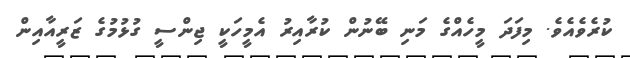
ކުރެވެއެވެ. މިފަދަ މީހެއްގެ މަނި ބޭނުން ކުރާއިރު އެމީހަކީ ޖިންސީ ގުޅުމުގެ ޒަރީއާއިން